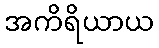
အကိရိယာယ